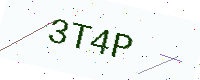
Text: 3T4P